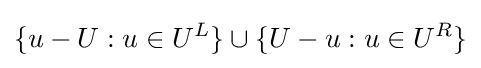
\{u-U:u\in U^{L}\}\cup \{U-u:u\in U^{R}\}